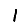
Digit: 1